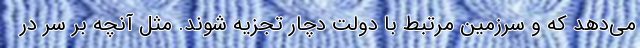
می‌دهد که و سرزمین مرتبط با دولت دچار تجزیه شوند. مثل آنچه بر سر در